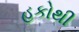
હકોથી